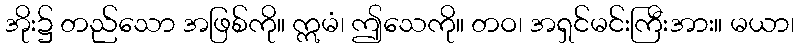
အိုး၌ တည်သော အဖြစ်ကို။ ဣမံ၊ ဤသေကို။ တဝ၊ အရှင်မင်းကြီးအား။ မယာ၊